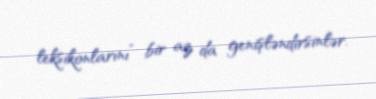
leksikonlarını” bir az da genişləndirsinlər.